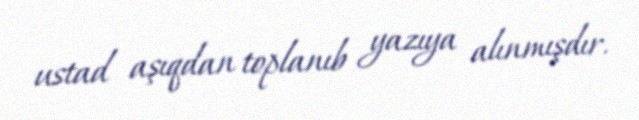
ustad aşıqdan toplanıb yazıya alınmışdır.